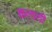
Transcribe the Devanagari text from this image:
कलादी